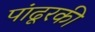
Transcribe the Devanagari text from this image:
पांढूरकी